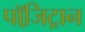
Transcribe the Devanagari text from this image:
पॉजि़ट्रान